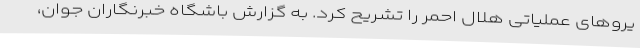
یروهای عملیاتی هلال احمر را تشریح کرد. به گزارش باشگاه خبرنگاران جوان،